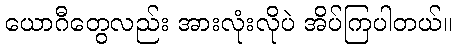
ယောဂီတွေလည်း အားလုံးလိုပဲ အိပ်ကြပါတယ်။